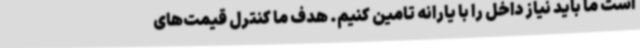
است ما باید نیاز داخل را با یارانه تامین کنیم. هدف ما کنترل قیمت‌های